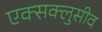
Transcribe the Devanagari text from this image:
एक्सक्लुसीव